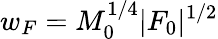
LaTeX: w_{F}=M_{0}^{1/4}|F_{0}|^{1/2}